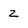
Character: z